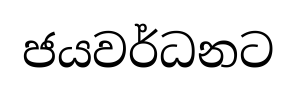
ජයවර්ධනට